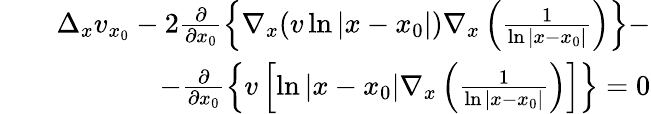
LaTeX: \begin{array}{rlr}&{}&{\Delta_{x}v_{x_{0}}-2\frac{\partial}{\partial x_{0}}\left\{ \nabla_{x}(v\ln{|x-x_{0}|})\nabla_{x}\left(\frac{1}{\ln{|x-x_{0}|}}\right)\right\} -}\\ &{}&{-\frac{\partial}{\partial x_{0}}\left\{ v\left[\ln{|x-x_{0}|}\nabla_{x}\left(\frac{1}{\ln{|x-x_{0}|}}\right)\right]\right\} =0}\end{array}